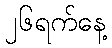
၂၆ရက်နေ့